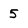
Character: 5